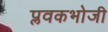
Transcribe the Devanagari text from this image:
प्लवकभोजी